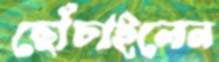
ছোঁচাইলেন